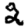
Digit: 2